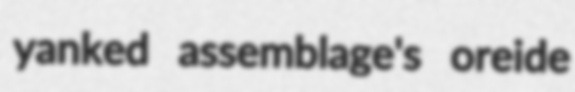
yanked assemblage's oreide